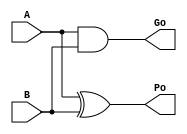
/*----------------------------------------------------------------------------
  Copyright (c) 2004 Aoki laboratory. All rights reserved.

  Top module: kogge_stone_32b

  Operand-1 length: 32
  Operand-2 length: 32
  Two-operand addition algorithm: Kogge-Stone adder
----------------------------------------------------------------------------*/

// Modified by: Amir Yazdanbakhsh (a.yazdanbakhsh@gatech.edu)

`timescale 1ns/1ps
module GPGenerator(Go, Po, A, B);
  output Go;
  output Po;
  input A;
  input B;
  assign Go = A & B;
  assign Po = A ^ B;
endmodule

module CarryOperator(Go, Po, Gi1, Pi1, Gi2, Pi2);
  output Go;
  output Po;
  input Gi1;
  input Gi2;
  input Pi1;
  input Pi2;
  assign Go = Gi1 | ( Gi2 & Pi1 );
  assign Po = Pi1 & Pi2;
endmodule

module UBPriKSA_31_0(S, X, Y, Cin);
  output [32:0] S;
  input Cin;
  input [31:0] X;
  input [31:0] Y;
  wire [31:0] G0;
  wire [31:0] G1;
  wire [31:0] G2;
  wire [31:0] G3;
  wire [31:0] G4;
  wire [31:0] G5;
  wire [31:0] P0;
  wire [31:0] P1;
  wire [31:0] P2;
  wire [31:0] P3;
  wire [31:0] P4;
  wire [31:0] P5;
  assign P1[0] = P0[0];
  assign G1[0] = G0[0];
  assign P2[0] = P1[0];
  assign G2[0] = G1[0];
  assign P2[1] = P1[1];
  assign G2[1] = G1[1];
  assign P3[0] = P2[0];
  assign G3[0] = G2[0];
  assign P3[1] = P2[1];
  assign G3[1] = G2[1];
  assign P3[2] = P2[2];
  assign G3[2] = G2[2];
  assign P3[3] = P2[3];
  assign G3[3] = G2[3];
  assign P4[0] = P3[0];
  assign G4[0] = G3[0];
  assign P4[1] = P3[1];
  assign G4[1] = G3[1];
  assign P4[2] = P3[2];
  assign G4[2] = G3[2];
  assign P4[3] = P3[3];
  assign G4[3] = G3[3];
  assign P4[4] = P3[4];
  assign G4[4] = G3[4];
  assign P4[5] = P3[5];
  assign G4[5] = G3[5];
  assign P4[6] = P3[6];
  assign G4[6] = G3[6];
  assign P4[7] = P3[7];
  assign G4[7] = G3[7];
  assign P5[0] = P4[0];
  assign G5[0] = G4[0];
  assign P5[1] = P4[1];
  assign G5[1] = G4[1];
  assign P5[2] = P4[2];
  assign G5[2] = G4[2];
  assign P5[3] = P4[3];
  assign G5[3] = G4[3];
  assign P5[4] = P4[4];
  assign G5[4] = G4[4];
  assign P5[5] = P4[5];
  assign G5[5] = G4[5];
  assign P5[6] = P4[6];
  assign G5[6] = G4[6];
  assign P5[7] = P4[7];
  assign G5[7] = G4[7];
  assign P5[8] = P4[8];
  assign G5[8] = G4[8];
  assign P5[9] = P4[9];
  assign G5[9] = G4[9];
  assign P5[10] = P4[10];
  assign G5[10] = G4[10];
  assign P5[11] = P4[11];
  assign G5[11] = G4[11];
  assign P5[12] = P4[12];
  assign G5[12] = G4[12];
  assign P5[13] = P4[13];
  assign G5[13] = G4[13];
  assign P5[14] = P4[14];
  assign G5[14] = G4[14];
  assign P5[15] = P4[15];
  assign G5[15] = G4[15];
  assign S[0] = Cin ^ P0[0];
  assign S[1] = ( G5[0] | ( P5[0] & Cin ) ) ^ P0[1];
  assign S[2] = ( G5[1] | ( P5[1] & Cin ) ) ^ P0[2];
  assign S[3] = ( G5[2] | ( P5[2] & Cin ) ) ^ P0[3];
  assign S[4] = ( G5[3] | ( P5[3] & Cin ) ) ^ P0[4];
  assign S[5] = ( G5[4] | ( P5[4] & Cin ) ) ^ P0[5];
  assign S[6] = ( G5[5] | ( P5[5] & Cin ) ) ^ P0[6];
  assign S[7] = ( G5[6] | ( P5[6] & Cin ) ) ^ P0[7];
  assign S[8] = ( G5[7] | ( P5[7] & Cin ) ) ^ P0[8];
  assign S[9] = ( G5[8] | ( P5[8] & Cin ) ) ^ P0[9];
  assign S[10] = ( G5[9] | ( P5[9] & Cin ) ) ^ P0[10];
  assign S[11] = ( G5[10] | ( P5[10] & Cin ) ) ^ P0[11];
  assign S[12] = ( G5[11] | ( P5[11] & Cin ) ) ^ P0[12];
  assign S[13] = ( G5[12] | ( P5[12] & Cin ) ) ^ P0[13];
  assign S[14] = ( G5[13] | ( P5[13] & Cin ) ) ^ P0[14];
  assign S[15] = ( G5[14] | ( P5[14] & Cin ) ) ^ P0[15];
  assign S[16] = ( G5[15] | ( P5[15] & Cin ) ) ^ P0[16];
  assign S[17] = ( G5[16] | ( P5[16] & Cin ) ) ^ P0[17];
  assign S[18] = ( G5[17] | ( P5[17] & Cin ) ) ^ P0[18];
  assign S[19] = ( G5[18] | ( P5[18] & Cin ) ) ^ P0[19];
  assign S[20] = ( G5[19] | ( P5[19] & Cin ) ) ^ P0[20];
  assign S[21] = ( G5[20] | ( P5[20] & Cin ) ) ^ P0[21];
  assign S[22] = ( G5[21] | ( P5[21] & Cin ) ) ^ P0[22];
  assign S[23] = ( G5[22] | ( P5[22] & Cin ) ) ^ P0[23];
  assign S[24] = ( G5[23] | ( P5[23] & Cin ) ) ^ P0[24];
  assign S[25] = ( G5[24] | ( P5[24] & Cin ) ) ^ P0[25];
  assign S[26] = ( G5[25] | ( P5[25] & Cin ) ) ^ P0[26];
  assign S[27] = ( G5[26] | ( P5[26] & Cin ) ) ^ P0[27];
  assign S[28] = ( G5[27] | ( P5[27] & Cin ) ) ^ P0[28];
  assign S[29] = ( G5[28] | ( P5[28] & Cin ) ) ^ P0[29];
  assign S[30] = ( G5[29] | ( P5[29] & Cin ) ) ^ P0[30];
  assign S[31] = ( G5[30] | ( P5[30] & Cin ) ) ^ P0[31];
  assign S[32] = G5[31] | ( P5[31] & Cin );
  GPGenerator U0 (G0[0], P0[0], X[0], Y[0]);
  GPGenerator U1 (G0[1], P0[1], X[1], Y[1]);
  GPGenerator U2 (G0[2], P0[2], X[2], Y[2]);
  GPGenerator U3 (G0[3], P0[3], X[3], Y[3]);
  GPGenerator U4 (G0[4], P0[4], X[4], Y[4]);
  GPGenerator U5 (G0[5], P0[5], X[5], Y[5]);
  GPGenerator U6 (G0[6], P0[6], X[6], Y[6]);
  GPGenerator U7 (G0[7], P0[7], X[7], Y[7]);
  GPGenerator U8 (G0[8], P0[8], X[8], Y[8]);
  GPGenerator U9 (G0[9], P0[9], X[9], Y[9]);
  GPGenerator U10 (G0[10], P0[10], X[10], Y[10]);
  GPGenerator U11 (G0[11], P0[11], X[11], Y[11]);
  GPGenerator U12 (G0[12], P0[12], X[12], Y[12]);
  GPGenerator U13 (G0[13], P0[13], X[13], Y[13]);
  GPGenerator U14 (G0[14], P0[14], X[14], Y[14]);
  GPGenerator U15 (G0[15], P0[15], X[15], Y[15]);
  GPGenerator U16 (G0[16], P0[16], X[16], Y[16]);
  GPGenerator U17 (G0[17], P0[17], X[17], Y[17]);
  GPGenerator U18 (G0[18], P0[18], X[18], Y[18]);
  GPGenerator U19 (G0[19], P0[19], X[19], Y[19]);
  GPGenerator U20 (G0[20], P0[20], X[20], Y[20]);
  GPGenerator U21 (G0[21], P0[21], X[21], Y[21]);
  GPGenerator U22 (G0[22], P0[22], X[22], Y[22]);
  GPGenerator U23 (G0[23], P0[23], X[23], Y[23]);
  GPGenerator U24 (G0[24], P0[24], X[24], Y[24]);
  GPGenerator U25 (G0[25], P0[25], X[25], Y[25]);
  GPGenerator U26 (G0[26], P0[26], X[26], Y[26]);
  GPGenerator U27 (G0[27], P0[27], X[27], Y[27]);
  GPGenerator U28 (G0[28], P0[28], X[28], Y[28]);
  GPGenerator U29 (G0[29], P0[29], X[29], Y[29]);
  GPGenerator U30 (G0[30], P0[30], X[30], Y[30]);
  GPGenerator U31 (G0[31], P0[31], X[31], Y[31]);
  CarryOperator U32 (G1[1], P1[1], G0[1], P0[1], G0[0], P0[0]);
  CarryOperator U33 (G1[2], P1[2], G0[2], P0[2], G0[1], P0[1]);
  CarryOperator U34 (G1[3], P1[3], G0[3], P0[3], G0[2], P0[2]);
  CarryOperator U35 (G1[4], P1[4], G0[4], P0[4], G0[3], P0[3]);
  CarryOperator U36 (G1[5], P1[5], G0[5], P0[5], G0[4], P0[4]);
  CarryOperator U37 (G1[6], P1[6], G0[6], P0[6], G0[5], P0[5]);
  CarryOperator U38 (G1[7], P1[7], G0[7], P0[7], G0[6], P0[6]);
  CarryOperator U39 (G1[8], P1[8], G0[8], P0[8], G0[7], P0[7]);
  CarryOperator U40 (G1[9], P1[9], G0[9], P0[9], G0[8], P0[8]);
  CarryOperator U41 (G1[10], P1[10], G0[10], P0[10], G0[9], P0[9]);
  CarryOperator U42 (G1[11], P1[11], G0[11], P0[11], G0[10], P0[10]);
  CarryOperator U43 (G1[12], P1[12], G0[12], P0[12], G0[11], P0[11]);
  CarryOperator U44 (G1[13], P1[13], G0[13], P0[13], G0[12], P0[12]);
  CarryOperator U45 (G1[14], P1[14], G0[14], P0[14], G0[13], P0[13]);
  CarryOperator U46 (G1[15], P1[15], G0[15], P0[15], G0[14], P0[14]);
  CarryOperator U47 (G1[16], P1[16], G0[16], P0[16], G0[15], P0[15]);
  CarryOperator U48 (G1[17], P1[17], G0[17], P0[17], G0[16], P0[16]);
  CarryOperator U49 (G1[18], P1[18], G0[18], P0[18], G0[17], P0[17]);
  CarryOperator U50 (G1[19], P1[19], G0[19], P0[19], G0[18], P0[18]);
  CarryOperator U51 (G1[20], P1[20], G0[20], P0[20], G0[19], P0[19]);
  CarryOperator U52 (G1[21], P1[21], G0[21], P0[21], G0[20], P0[20]);
  CarryOperator U53 (G1[22], P1[22], G0[22], P0[22], G0[21], P0[21]);
  CarryOperator U54 (G1[23], P1[23], G0[23], P0[23], G0[22], P0[22]);
  CarryOperator U55 (G1[24], P1[24], G0[24], P0[24], G0[23], P0[23]);
  CarryOperator U56 (G1[25], P1[25], G0[25], P0[25], G0[24], P0[24]);
  CarryOperator U57 (G1[26], P1[26], G0[26], P0[26], G0[25], P0[25]);
  CarryOperator U58 (G1[27], P1[27], G0[27], P0[27], G0[26], P0[26]);
  CarryOperator U59 (G1[28], P1[28], G0[28], P0[28], G0[27], P0[27]);
  CarryOperator U60 (G1[29], P1[29], G0[29], P0[29], G0[28], P0[28]);
  CarryOperator U61 (G1[30], P1[30], G0[30], P0[30], G0[29], P0[29]);
  CarryOperator U62 (G1[31], P1[31], G0[31], P0[31], G0[30], P0[30]);
  CarryOperator U63 (G2[2], P2[2], G1[2], P1[2], G1[0], P1[0]);
  CarryOperator U64 (G2[3], P2[3], G1[3], P1[3], G1[1], P1[1]);
  CarryOperator U65 (G2[4], P2[4], G1[4], P1[4], G1[2], P1[2]);
  CarryOperator U66 (G2[5], P2[5], G1[5], P1[5], G1[3], P1[3]);
  CarryOperator U67 (G2[6], P2[6], G1[6], P1[6], G1[4], P1[4]);
  CarryOperator U68 (G2[7], P2[7], G1[7], P1[7], G1[5], P1[5]);
  CarryOperator U69 (G2[8], P2[8], G1[8], P1[8], G1[6], P1[6]);
  CarryOperator U70 (G2[9], P2[9], G1[9], P1[9], G1[7], P1[7]);
  CarryOperator U71 (G2[10], P2[10], G1[10], P1[10], G1[8], P1[8]);
  CarryOperator U72 (G2[11], P2[11], G1[11], P1[11], G1[9], P1[9]);
  CarryOperator U73 (G2[12], P2[12], G1[12], P1[12], G1[10], P1[10]);
  CarryOperator U74 (G2[13], P2[13], G1[13], P1[13], G1[11], P1[11]);
  CarryOperator U75 (G2[14], P2[14], G1[14], P1[14], G1[12], P1[12]);
  CarryOperator U76 (G2[15], P2[15], G1[15], P1[15], G1[13], P1[13]);
  CarryOperator U77 (G2[16], P2[16], G1[16], P1[16], G1[14], P1[14]);
  CarryOperator U78 (G2[17], P2[17], G1[17], P1[17], G1[15], P1[15]);
  CarryOperator U79 (G2[18], P2[18], G1[18], P1[18], G1[16], P1[16]);
  CarryOperator U80 (G2[19], P2[19], G1[19], P1[19], G1[17], P1[17]);
  CarryOperator U81 (G2[20], P2[20], G1[20], P1[20], G1[18], P1[18]);
  CarryOperator U82 (G2[21], P2[21], G1[21], P1[21], G1[19], P1[19]);
  CarryOperator U83 (G2[22], P2[22], G1[22], P1[22], G1[20], P1[20]);
  CarryOperator U84 (G2[23], P2[23], G1[23], P1[23], G1[21], P1[21]);
  CarryOperator U85 (G2[24], P2[24], G1[24], P1[24], G1[22], P1[22]);
  CarryOperator U86 (G2[25], P2[25], G1[25], P1[25], G1[23], P1[23]);
  CarryOperator U87 (G2[26], P2[26], G1[26], P1[26], G1[24], P1[24]);
  CarryOperator U88 (G2[27], P2[27], G1[27], P1[27], G1[25], P1[25]);
  CarryOperator U89 (G2[28], P2[28], G1[28], P1[28], G1[26], P1[26]);
  CarryOperator U90 (G2[29], P2[29], G1[29], P1[29], G1[27], P1[27]);
  CarryOperator U91 (G2[30], P2[30], G1[30], P1[30], G1[28], P1[28]);
  CarryOperator U92 (G2[31], P2[31], G1[31], P1[31], G1[29], P1[29]);
  CarryOperator U93 (G3[4], P3[4], G2[4], P2[4], G2[0], P2[0]);
  CarryOperator U94 (G3[5], P3[5], G2[5], P2[5], G2[1], P2[1]);
  CarryOperator U95 (G3[6], P3[6], G2[6], P2[6], G2[2], P2[2]);
  CarryOperator U96 (G3[7], P3[7], G2[7], P2[7], G2[3], P2[3]);
  CarryOperator U97 (G3[8], P3[8], G2[8], P2[8], G2[4], P2[4]);
  CarryOperator U98 (G3[9], P3[9], G2[9], P2[9], G2[5], P2[5]);
  CarryOperator U99 (G3[10], P3[10], G2[10], P2[10], G2[6], P2[6]);
  CarryOperator U100 (G3[11], P3[11], G2[11], P2[11], G2[7], P2[7]);
  CarryOperator U101 (G3[12], P3[12], G2[12], P2[12], G2[8], P2[8]);
  CarryOperator U102 (G3[13], P3[13], G2[13], P2[13], G2[9], P2[9]);
  CarryOperator U103 (G3[14], P3[14], G2[14], P2[14], G2[10], P2[10]);
  CarryOperator U104 (G3[15], P3[15], G2[15], P2[15], G2[11], P2[11]);
  CarryOperator U105 (G3[16], P3[16], G2[16], P2[16], G2[12], P2[12]);
  CarryOperator U106 (G3[17], P3[17], G2[17], P2[17], G2[13], P2[13]);
  CarryOperator U107 (G3[18], P3[18], G2[18], P2[18], G2[14], P2[14]);
  CarryOperator U108 (G3[19], P3[19], G2[19], P2[19], G2[15], P2[15]);
  CarryOperator U109 (G3[20], P3[20], G2[20], P2[20], G2[16], P2[16]);
  CarryOperator U110 (G3[21], P3[21], G2[21], P2[21], G2[17], P2[17]);
  CarryOperator U111 (G3[22], P3[22], G2[22], P2[22], G2[18], P2[18]);
  CarryOperator U112 (G3[23], P3[23], G2[23], P2[23], G2[19], P2[19]);
  CarryOperator U113 (G3[24], P3[24], G2[24], P2[24], G2[20], P2[20]);
  CarryOperator U114 (G3[25], P3[25], G2[25], P2[25], G2[21], P2[21]);
  CarryOperator U115 (G3[26], P3[26], G2[26], P2[26], G2[22], P2[22]);
  CarryOperator U116 (G3[27], P3[27], G2[27], P2[27], G2[23], P2[23]);
  CarryOperator U117 (G3[28], P3[28], G2[28], P2[28], G2[24], P2[24]);
  CarryOperator U118 (G3[29], P3[29], G2[29], P2[29], G2[25], P2[25]);
  CarryOperator U119 (G3[30], P3[30], G2[30], P2[30], G2[26], P2[26]);
  CarryOperator U120 (G3[31], P3[31], G2[31], P2[31], G2[27], P2[27]);
  CarryOperator U121 (G4[8], P4[8], G3[8], P3[8], G3[0], P3[0]);
  CarryOperator U122 (G4[9], P4[9], G3[9], P3[9], G3[1], P3[1]);
  CarryOperator U123 (G4[10], P4[10], G3[10], P3[10], G3[2], P3[2]);
  CarryOperator U124 (G4[11], P4[11], G3[11], P3[11], G3[3], P3[3]);
  CarryOperator U125 (G4[12], P4[12], G3[12], P3[12], G3[4], P3[4]);
  CarryOperator U126 (G4[13], P4[13], G3[13], P3[13], G3[5], P3[5]);
  CarryOperator U127 (G4[14], P4[14], G3[14], P3[14], G3[6], P3[6]);
  CarryOperator U128 (G4[15], P4[15], G3[15], P3[15], G3[7], P3[7]);
  CarryOperator U129 (G4[16], P4[16], G3[16], P3[16], G3[8], P3[8]);
  CarryOperator U130 (G4[17], P4[17], G3[17], P3[17], G3[9], P3[9]);
  CarryOperator U131 (G4[18], P4[18], G3[18], P3[18], G3[10], P3[10]);
  CarryOperator U132 (G4[19], P4[19], G3[19], P3[19], G3[11], P3[11]);
  CarryOperator U133 (G4[20], P4[20], G3[20], P3[20], G3[12], P3[12]);
  CarryOperator U134 (G4[21], P4[21], G3[21], P3[21], G3[13], P3[13]);
  CarryOperator U135 (G4[22], P4[22], G3[22], P3[22], G3[14], P3[14]);
  CarryOperator U136 (G4[23], P4[23], G3[23], P3[23], G3[15], P3[15]);
  CarryOperator U137 (G4[24], P4[24], G3[24], P3[24], G3[16], P3[16]);
  CarryOperator U138 (G4[25], P4[25], G3[25], P3[25], G3[17], P3[17]);
  CarryOperator U139 (G4[26], P4[26], G3[26], P3[26], G3[18], P3[18]);
  CarryOperator U140 (G4[27], P4[27], G3[27], P3[27], G3[19], P3[19]);
  CarryOperator U141 (G4[28], P4[28], G3[28], P3[28], G3[20], P3[20]);
  CarryOperator U142 (G4[29], P4[29], G3[29], P3[29], G3[21], P3[21]);
  CarryOperator U143 (G4[30], P4[30], G3[30], P3[30], G3[22], P3[22]);
  CarryOperator U144 (G4[31], P4[31], G3[31], P3[31], G3[23], P3[23]);
  CarryOperator U145 (G5[16], P5[16], G4[16], P4[16], G4[0], P4[0]);
  CarryOperator U146 (G5[17], P5[17], G4[17], P4[17], G4[1], P4[1]);
  CarryOperator U147 (G5[18], P5[18], G4[18], P4[18], G4[2], P4[2]);
  CarryOperator U148 (G5[19], P5[19], G4[19], P4[19], G4[3], P4[3]);
  CarryOperator U149 (G5[20], P5[20], G4[20], P4[20], G4[4], P4[4]);
  CarryOperator U150 (G5[21], P5[21], G4[21], P4[21], G4[5], P4[5]);
  CarryOperator U151 (G5[22], P5[22], G4[22], P4[22], G4[6], P4[6]);
  CarryOperator U152 (G5[23], P5[23], G4[23], P4[23], G4[7], P4[7]);
  CarryOperator U153 (G5[24], P5[24], G4[24], P4[24], G4[8], P4[8]);
  CarryOperator U154 (G5[25], P5[25], G4[25], P4[25], G4[9], P4[9]);
  CarryOperator U155 (G5[26], P5[26], G4[26], P4[26], G4[10], P4[10]);
  CarryOperator U156 (G5[27], P5[27], G4[27], P4[27], G4[11], P4[11]);
  CarryOperator U157 (G5[28], P5[28], G4[28], P4[28], G4[12], P4[12]);
  CarryOperator U158 (G5[29], P5[29], G4[29], P4[29], G4[13], P4[13]);
  CarryOperator U159 (G5[30], P5[30], G4[30], P4[30], G4[14], P4[14]);
  CarryOperator U160 (G5[31], P5[31], G4[31], P4[31], G4[15], P4[15]);
endmodule

module UBZero_0_0(O);
  output [0:0] O;
  assign O[0] = 0;
endmodule

module kogge_stone_32b (S, X, Y, clk, rst);
  output [32:0] S;
  input [31:0] X;
  input [31:0] Y;
  input rst, clk;


  wire  [32:0]    S_wire;
  reg   [32:0]    S_reg;
  reg   [31:0]    X_reg;
  reg   [31:0]    Y_reg;
  
  assign S = S_reg;

  always @(posedge clk)
  begin
    if(rst)
    begin
      X_reg <= 0;
      Y_reg <= 0;
      S_reg <= 0;
    end
    else
    begin
      X_reg <= X;
      Y_reg <= Y;
      S_reg <= S_wire;
    end
  end


  UBPureKSA_31_0 U0 (S_wire[32:0], X_reg[31:0], Y_reg[31:0]);
endmodule

module UBPureKSA_31_0 (S, X, Y);
  output [32:0] S;
  input [31:0] X;
  input [31:0] Y;
  wire C;
  UBPriKSA_31_0 U0 (S, X, Y, 1'b0);
  //UBZero_0_0 U1 (C);
endmodule